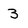
Character: 3